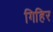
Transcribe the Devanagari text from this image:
गिहिर